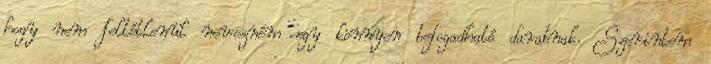
hogy nem feltétlenül nevezném egy könnyen befogadható darabnak. Szerintem